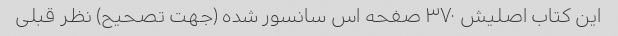
این کتاب اصلیش ۳۷۰ صفحه اس سانسور شده (جهت تصحیح) نظر قبلی